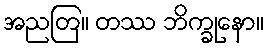
အညတြ။ တဿ ဘိက္ခုနော။